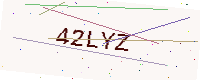
Text: 42LYZ